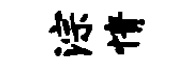
淙情